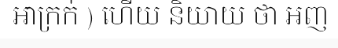
ឣាក្រក់ ) ហើយ និយាយ ថា ឣញ